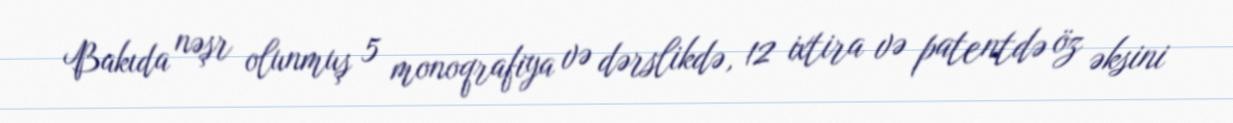
Bakıda nəşr olunmuş 5 monoqrafiya və dərslikdə, 12 ixtira və patentdə öz əksini